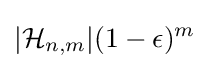
|{\mathcal {H}}_{n,m}|(1-\epsilon )^{m}